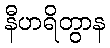
နီဟရိတွာန